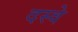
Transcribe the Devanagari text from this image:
दस्वे